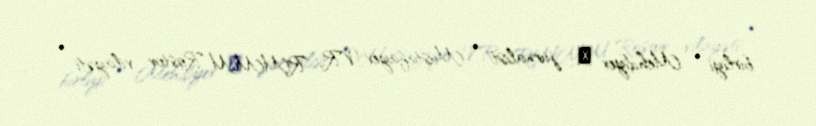
birliyi • Mehdiyev А., jurnalist • Mustafayev V.R., RMMM Rostov vilayəti •